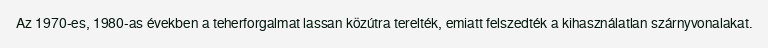
Az 1970-es, 1980-as években a teherforgalmat lassan közútra terelték, emiatt felszedték a kihasználatlan szárnyvonalakat.